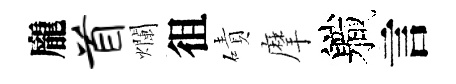
龐首爛徂磧摩軄言